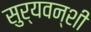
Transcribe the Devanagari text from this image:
सुर्यवन्शी